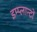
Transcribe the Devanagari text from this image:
इम्प्लान्टों